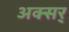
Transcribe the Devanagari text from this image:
अक्सर्